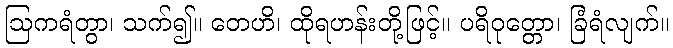
ဩကရံတွာ၊ သက်၍။ တေဟိ၊ ထိုရဟန်းတို့ဖြင့်။ ပရိဝုတ္တော၊ ခြံရံလျက်။